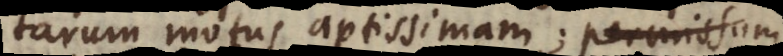
tarum motus aptissimam; permissum